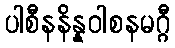
ပါစီနနိန္နဝါစနမဂ္ဂီ